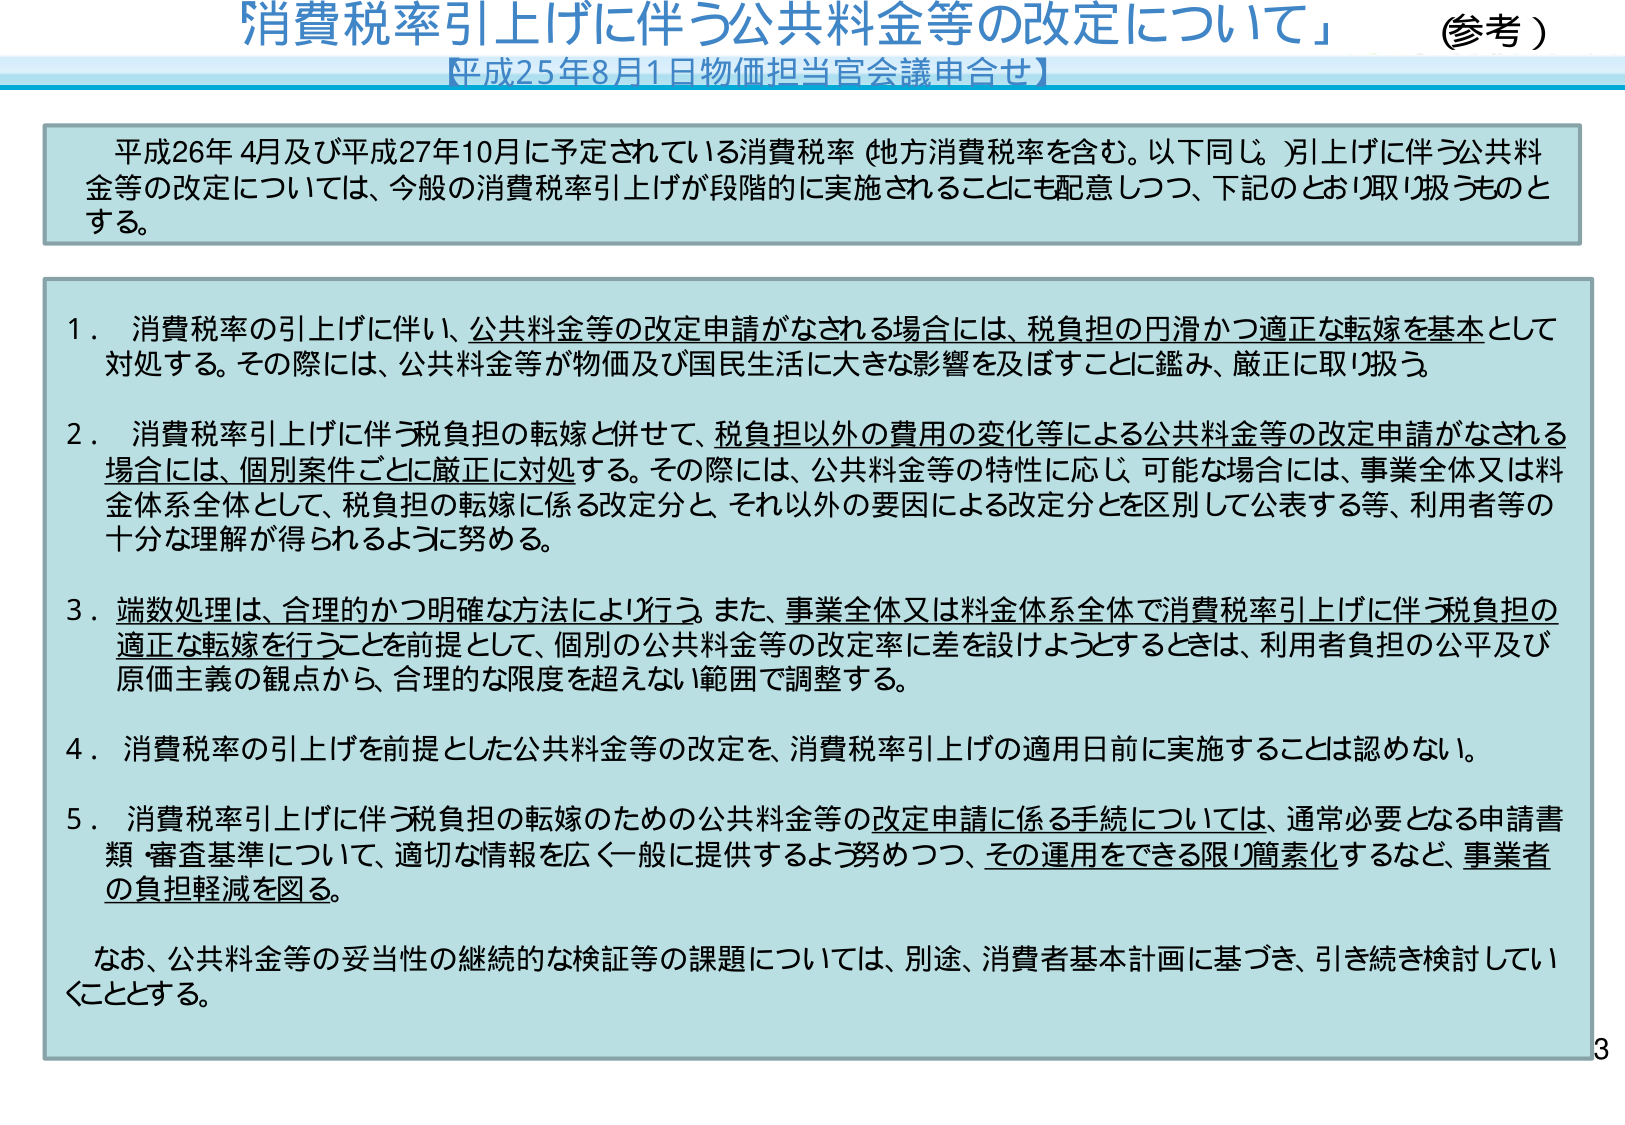
消費税率引上げに伴う公共料金等の改定について」 （参考）
【平成25年8月1日物価担当官会議申合せ】

平成26年4月及び平成27年10月に予定されている消費税率（地方消費税率を含む。以下同じ。）引上げに伴う公共料金等の改定については、今般の消費税率引上げが段階的に実施されることにも配意しつつ、下記のとおり取り扱うものとする。

１．消費税率の引上げに伴い、公共料金等の改定申請がなされる場合には、税負担の円滑かつ適正な転嫁を基本として対処する。その際には、公共料金等が物価及び国民生活に大きな影響を及ぼすことに鑑み、厳正に取り扱う。

２．消費税率引上げに伴う税負担の転嫁と併せて、税負担以外の費用の変化等による公共料金等の改定申請がなされる場合には、個別案件ごとに厳正に対処する。その際には、公共料金等の特性に応じ、可能な場合には、事業全体又は料金体系全体として、税負担の転嫁に係る改定分と、それ以外の要因による改定分とを区別して公表する等、利用者等の十分な理解が得られるように努める。

３．端数処理は、合理的かつ明確な方法により行う。また、事業全体又は料金体系全体で消費税率引上げに伴う税負担の適正な転嫁を行うことを前提として、個別の公共料金等の改定率に差を設けようとするときは、利用者負担の公平及び原価主義の観点から、合理的な限度を超えない範囲で調整する。

４．消費税率の引上げを前提とした公共料金等の改定を、消費税率引上げの適用日前に実施することは認めない。

５．消費税率引上げに伴う税負担の転嫁のための公共料金等の改定申請に係る手続については、通常必要となる申請書類・審査基準について、適切な情報を広く一般に提供するよう努めつつ、その運用をできる限り簡素化するなど、事業者の負担軽減を図る。

なお、公共料金等の妥当性の継続的な検証等の課題については、別途、消費者基本計画に基づき、引き続き検討していくこととする。

3